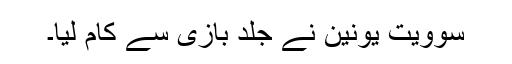
سوویت یونین نے جلد بازی سے کام لیا۔